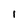
Character: 1